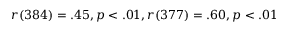
r ( 3 8 4 ) = . 4 5 , p < . 0 1 , r ( 3 7 7 ) = . 6 0 , p < . 0 1